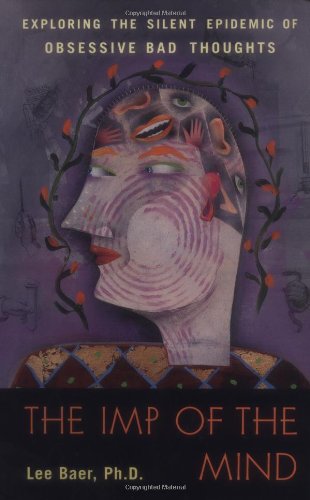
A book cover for The Imp of the Mind: Exploring the Silent Epidemic of Obsessive Bad Thoughts; Lee Baer Ph.D.; Health, Fitness & Dieting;